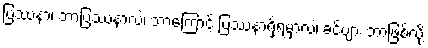
ပြဿနာ၊ ဘာပြဿနာလဲ၊ ဘာကြောင့် ပြဿနာရှိရမှာလဲ၊ ခင်ဗျား ဘာဖြစ်လို့